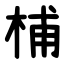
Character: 㭪